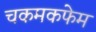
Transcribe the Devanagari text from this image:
चकमकफेम